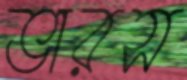
ভারস